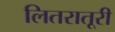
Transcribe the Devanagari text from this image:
लितरातूरी